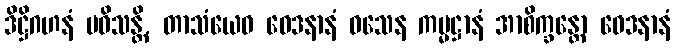
ဒိဋ္ဌိဂဟနံ ပဝိသန္တိ, တာသံယေဝ ဝေဒနာနံ ဝသေန ကမ္မဋ္ဌာနံ အာစိက္ခန္တော ဝေဒနာနံ